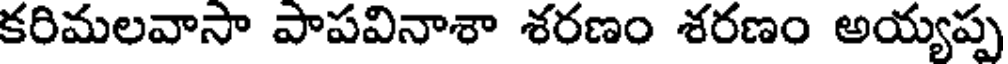
కరిమలవాసా పాపవినాశా శరణం శరణం అయ్యప్ప